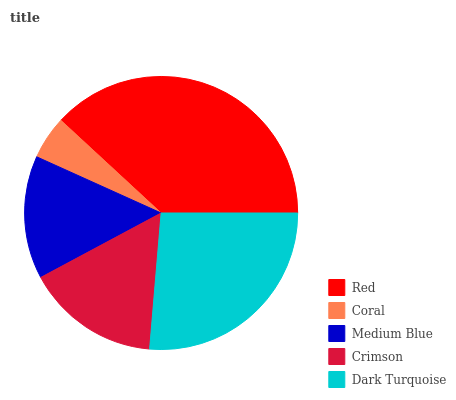
| Red | Coral | Medium Blue | Crimson | Dark Turquoise |
 | --- | --- | --- | --- | --- |
 | 38.1% | 5.12% | 14.5% | 15.8% | 26.4% |